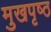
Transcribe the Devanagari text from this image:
मुखपृष्‍ठ